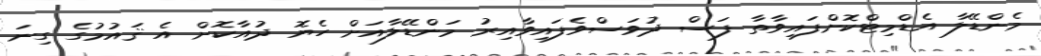
މެންޑޭލާ އެޑްމިޓްކޮށްފައިވާތާ ފަސް ދުވަސްވެފައިވާއިރު މަންޑޭލާއަށް ހެޔޮ ދުއާކޮށް އެ ޤައުމުގެ ގިނަ